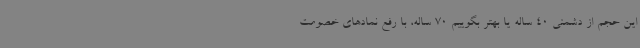
این حجم از دشمنی 40 ساله یا بهتر بگوییم 70 ساله، با رفع نمادهای خصومت